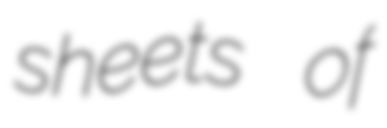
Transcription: sheets of